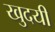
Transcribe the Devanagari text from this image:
खुदयी